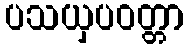
ပသယှပဝတ္တာ